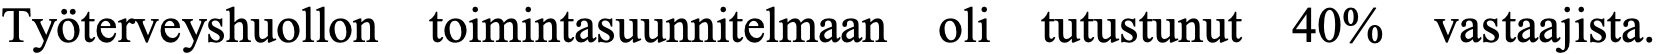
Työterveyshuollon toimintasuunnitelmaan oli tutustunut 40% vastaajista.